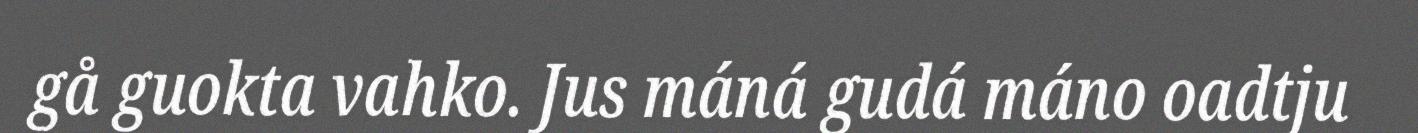
gå guokta vahko. Jus máná gudá máno oadtju